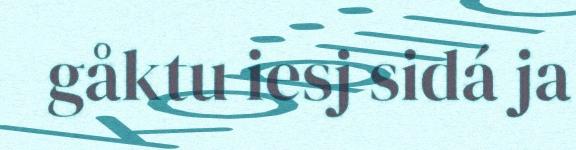
gåktu iesj sidá ja